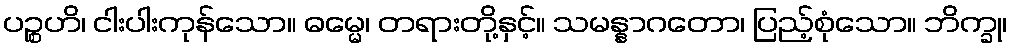
ပဉ္စဟိ၊ ငါးပါးကုန်သော။ ဓမ္မေ၊ တရားတို့နှင့်။ သမန္နာဂတော၊ ပြည့်စုံသော။ ဘိက္ခု၊